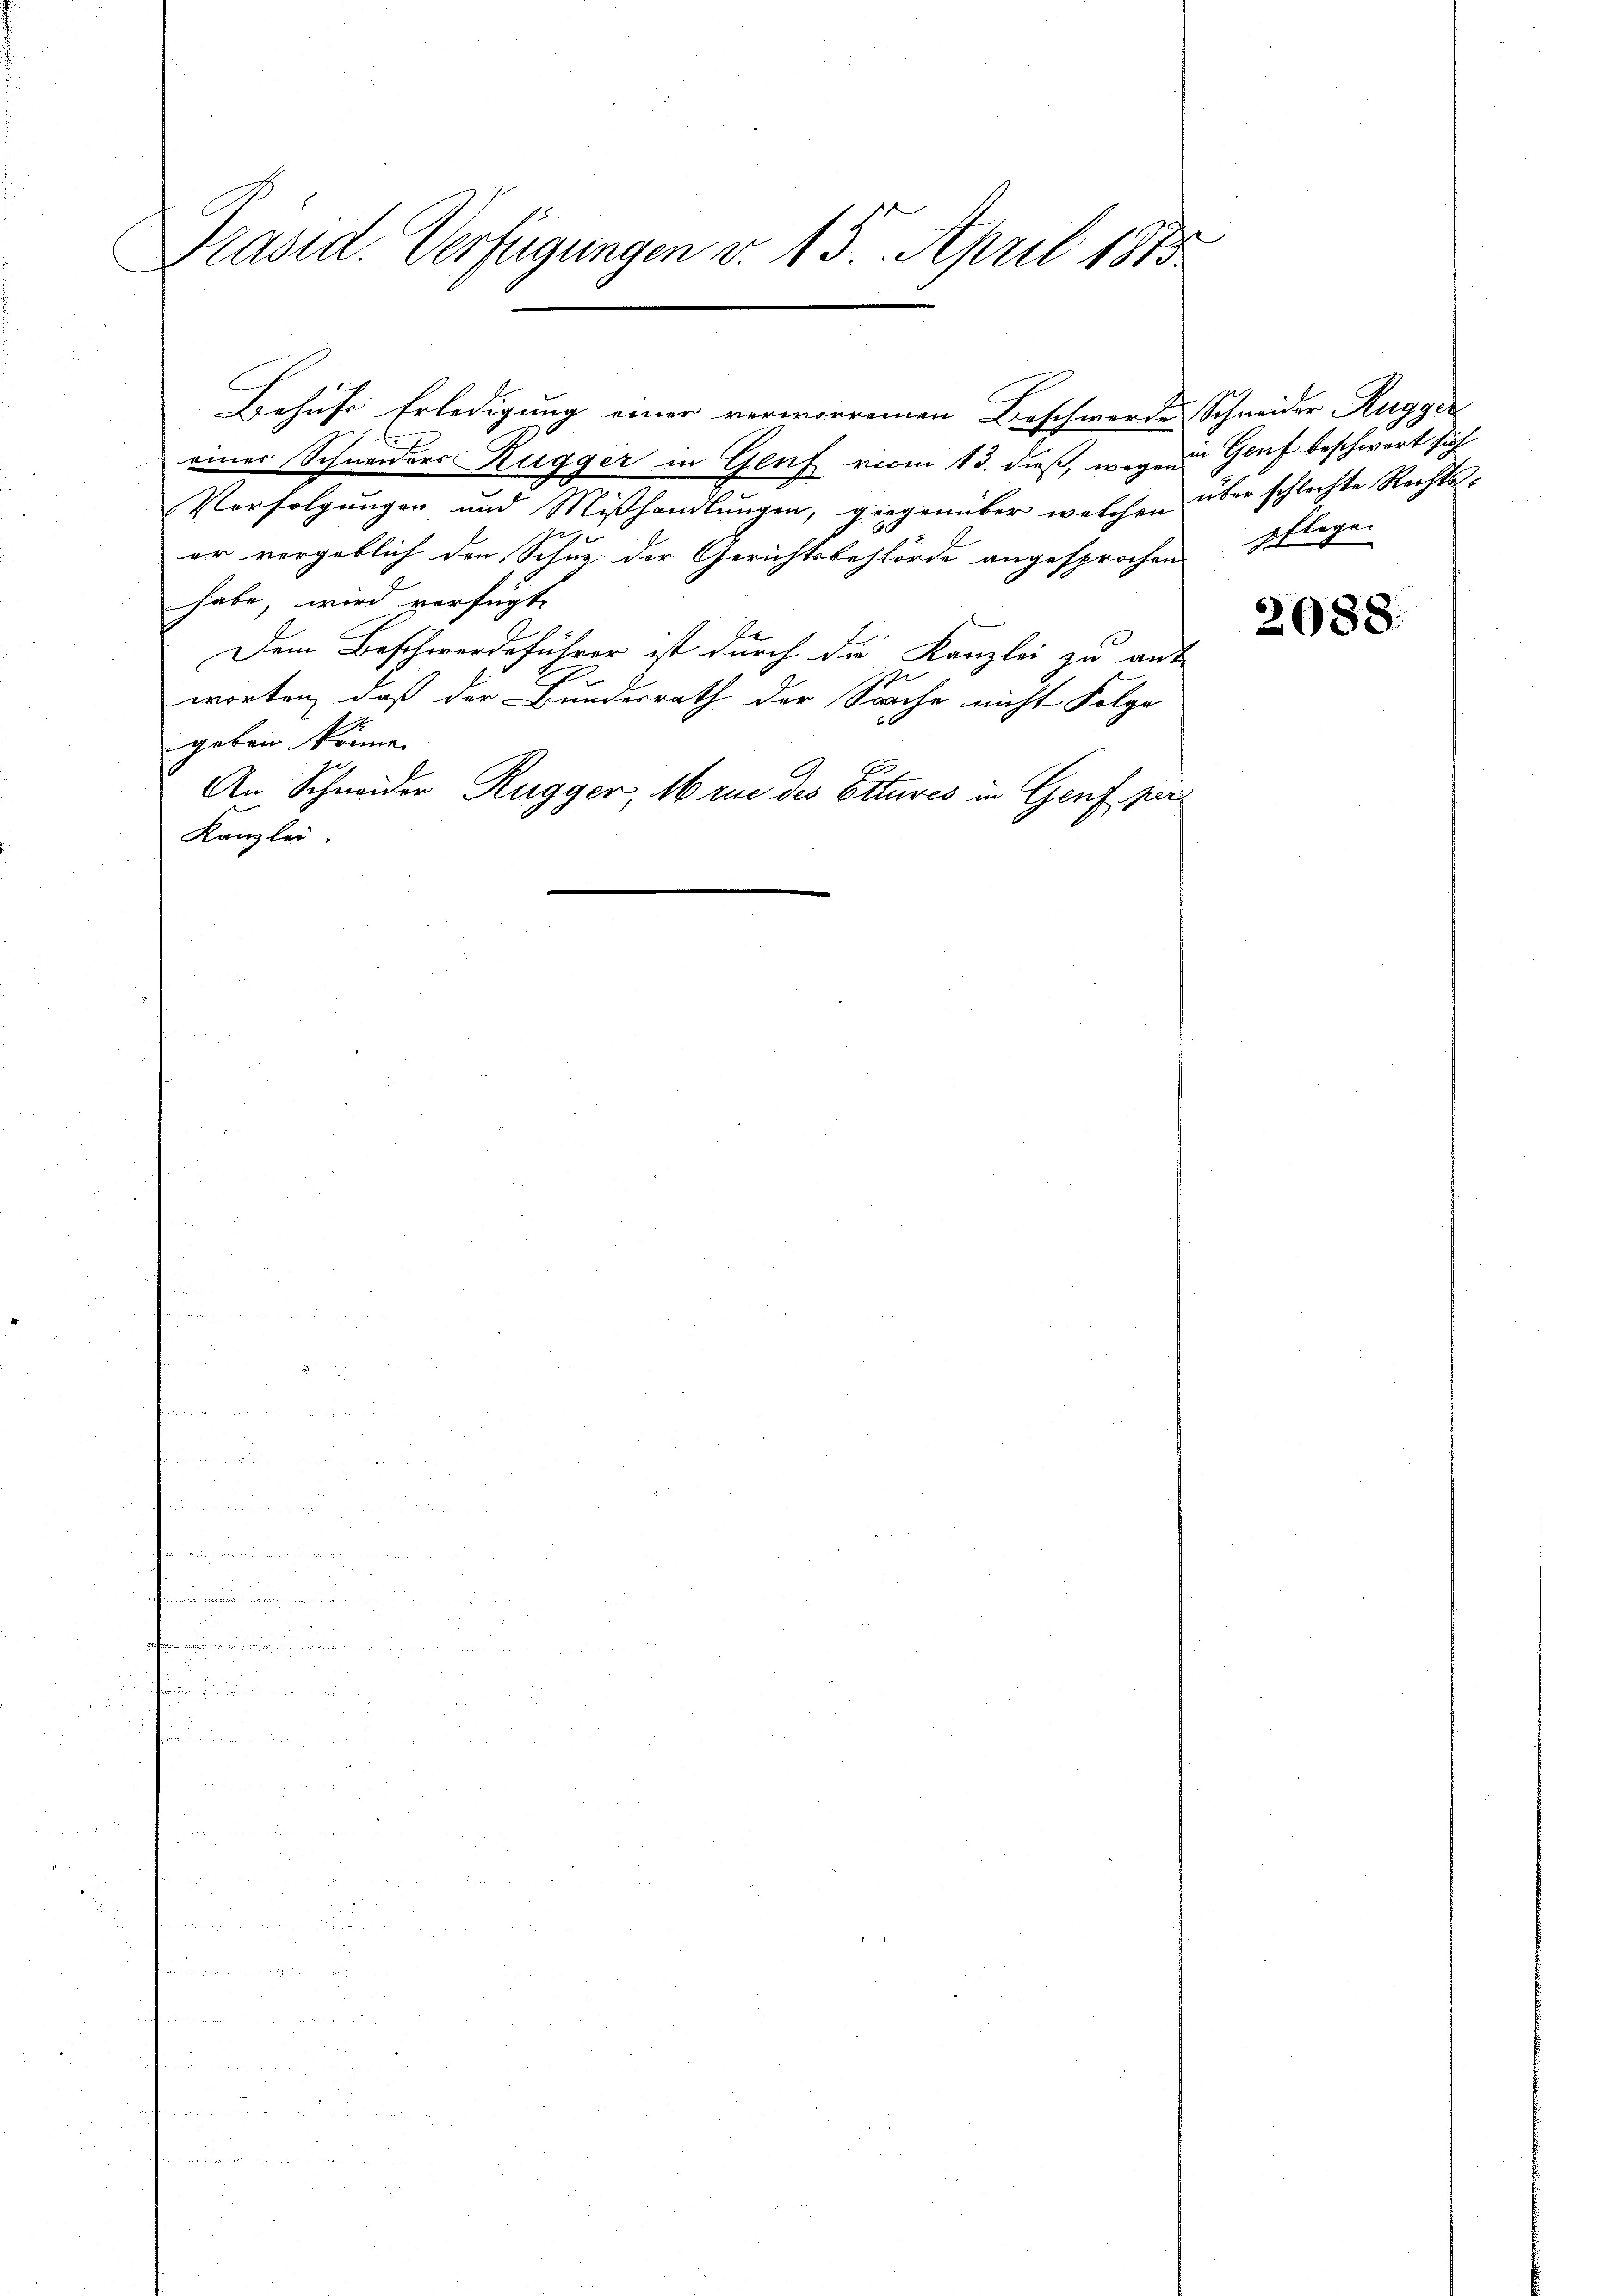
Präsid. Verfügungen v. 15. April 1873.
C

Behufs Erledigung einer verworrenen Beschwerde Schneider Rugger
E
eines Schneiders Rugger in Genf vom 13. dieß, weg in Genf beschwert sich
Verfolgungen und Mißhandlungen, giegenüber welchen über schlechte Rechts-
b
er vergeblich den Schuz der Gerichtsbehörde angesprochen pflege- |
habe, wird verfügt:
Dem Beschwerdeführer ist durch die Kanzlei zu ant
u

worten, daß der Bundesrath der Sache nicht Folge
geben könne.
An Schneider Rugger, 16 rue des Eitures in Genf per
Kanzlei.

2088.